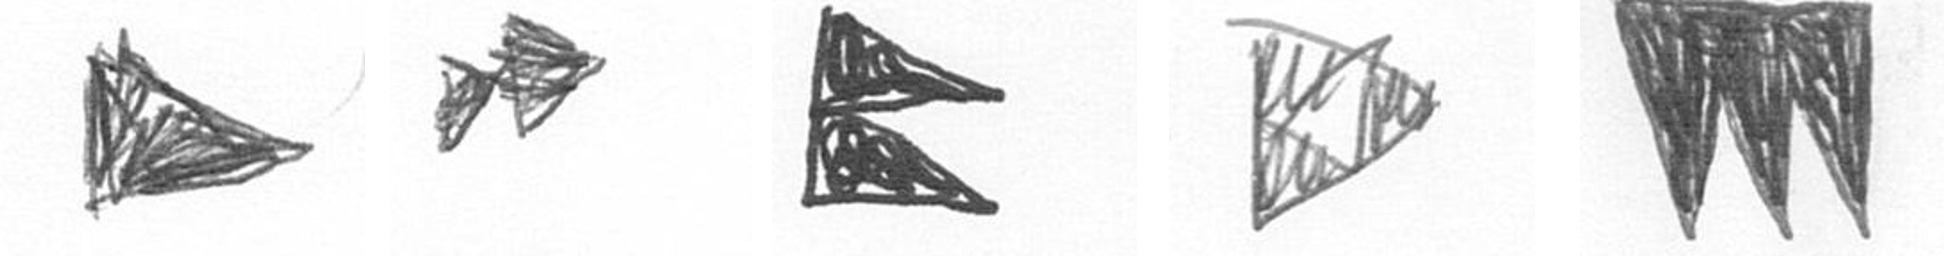
T A P K L